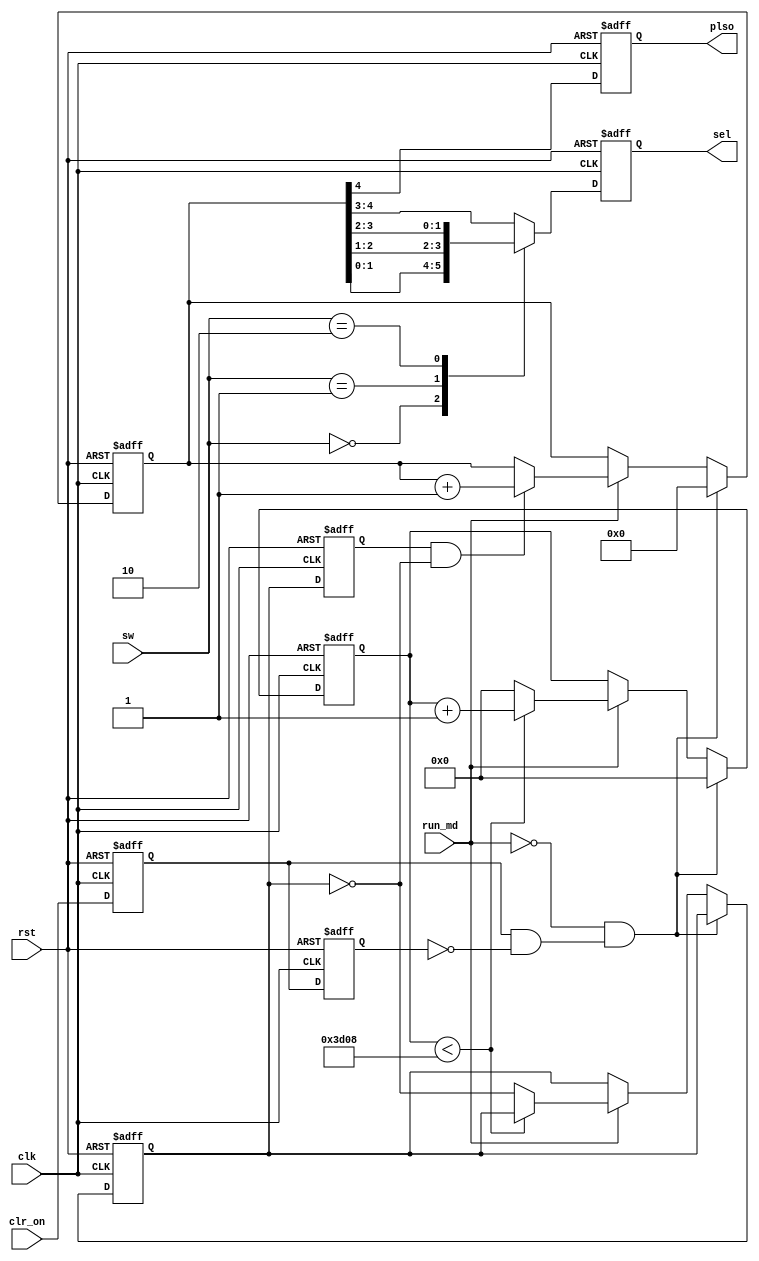
module ctl_sig_gen(
    input   rst,        // rst. Active Low Reset
    input   clk,        // 100MHz Clock Input
    input   run_md,     // run_md. Count Up at High
    input   clr_on,     // Clear counter at Rising Edge when RUN_MD is Low
    input   [1:0] sw,   // SEL period selection
    output  reg plso,       // 100Hz Pulse Output
    output  reg [1:0] sel   // Digit select for 7 Segment Display 
    );
    
reg cl0,cl1;      // Clear counter at Rising Edge when RUN_MD is Low

reg [13:0] cnta;
reg [4:0]  cntb;

reg pl0,pl1; // 32kHz falling edge

always@(negedge rst, posedge clk)
begin
    if (rst == 0)
        begin   plso <= 0;  sel <= 0;   end      
    else
        begin
            plso <= cntb[4];
            //
            case(sw)
            2'd0 : sel <= cntb[1:0];
            2'd1 : sel <= cntb[2:1];
            2'd2 : sel <= cntb[3:2];
            default :   sel <= cntb[4:3];
            endcase
        end
end    

always@(negedge rst, posedge clk)
begin
    if (rst == 0)
        cntb <= 0;       
    else
        if ((run_md == 0) & (cl0 & ~cl1))
            cntb <= 0;
        else if (run_md == 1)
            if (pl1 & ~pl0)
                cntb <= cntb + 1;
end    

always@(negedge rst, posedge clk)
begin
    if (rst == 0)
        begin   cnta <= 0;  pl0 <= 0;   pl1 <= 0;   end       
    else
        begin
            pl1 <= pl0;
			//  && clear  rising edge
            if ((run_md == 0) & (cl0 & ~cl1))
                cnta <= 0;
            else if (run_md == 1)
                if (cnta < 15624)
                    cnta <= cnta + 1;
                else
                    begin
                        cnta <= 0;
                        pl0 <= ~pl0;
                    end
        end
end    

always@(negedge rst, posedge clk)
begin
    if (rst == 0)
        begin   cl1 <= 0;       cl0 <= 0;       end
    else
        begin   cl1 <= cl0;     cl0 <= clr_on;  end
end    

endmodule